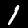
Label: 1